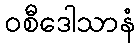
ဝစီဒေါသာနံ